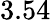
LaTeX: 3.54